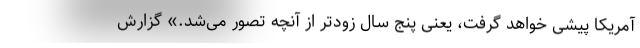
آمریکا پیشی خواهد گرفت، یعنی پنج سال زودتر از آنچه تصور می‌شد.» گزارش